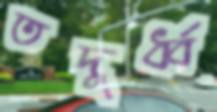
তদূর্ধ্ব